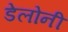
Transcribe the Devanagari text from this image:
डेलोनी